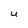
Character: U